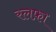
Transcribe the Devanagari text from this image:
रलफ़ा